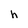
Character: h